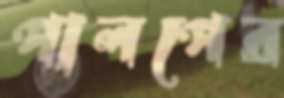
পালপের